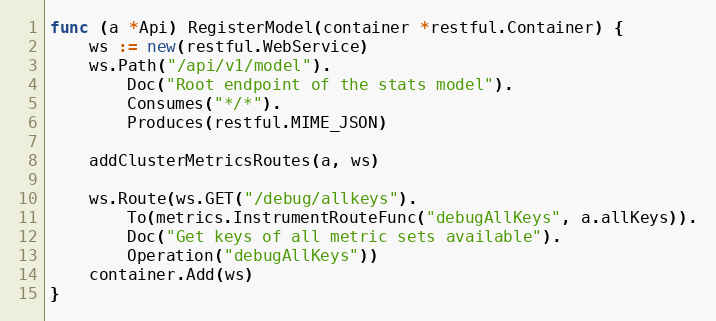
Language: Go
func (a *Api) RegisterModel(container *restful.Container) {
	ws := new(restful.WebService)
	ws.Path("/api/v1/model").
		Doc("Root endpoint of the stats model").
		Consumes("*/*").
		Produces(restful.MIME_JSON)

	addClusterMetricsRoutes(a, ws)

	ws.Route(ws.GET("/debug/allkeys").
		To(metrics.InstrumentRouteFunc("debugAllKeys", a.allKeys)).
		Doc("Get keys of all metric sets available").
		Operation("debugAllKeys"))
	container.Add(ws)
}